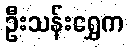
ဦးသန်းရွှေက